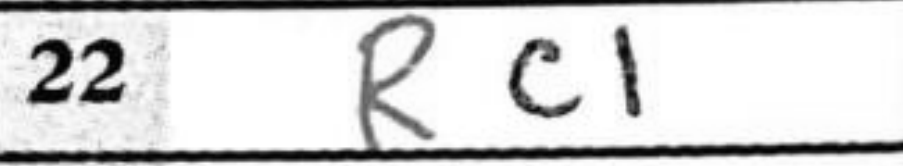
Transcription: Rc1